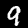
Label: 9